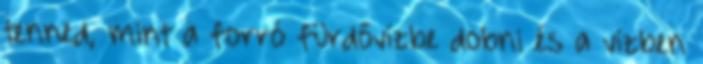
tenned, mint a forró fürdővízbe dobni és a vízben